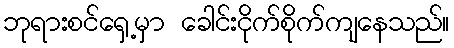
ဘုရားစင်ရှေ့မှာ ခေါင်းငိုက်စိုက်ကျနေသည်။